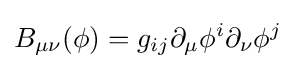
B_{\mu \nu }(\phi )=g_{ij}\partial _{\mu }\phi ^{i}\partial _{\nu }\phi ^{j}